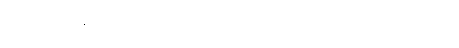
မစွမ်းဆောင်နိုင်ဘဲ။ မဟာပထဝီ၊ မြေကြီးသည်။ စလတိ၊ ရွေ့ရှား၏။ ကမ္ပတိ၊